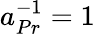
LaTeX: a_{Pr}^{-1}=1